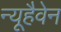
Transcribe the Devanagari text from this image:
न्यूहैवेन